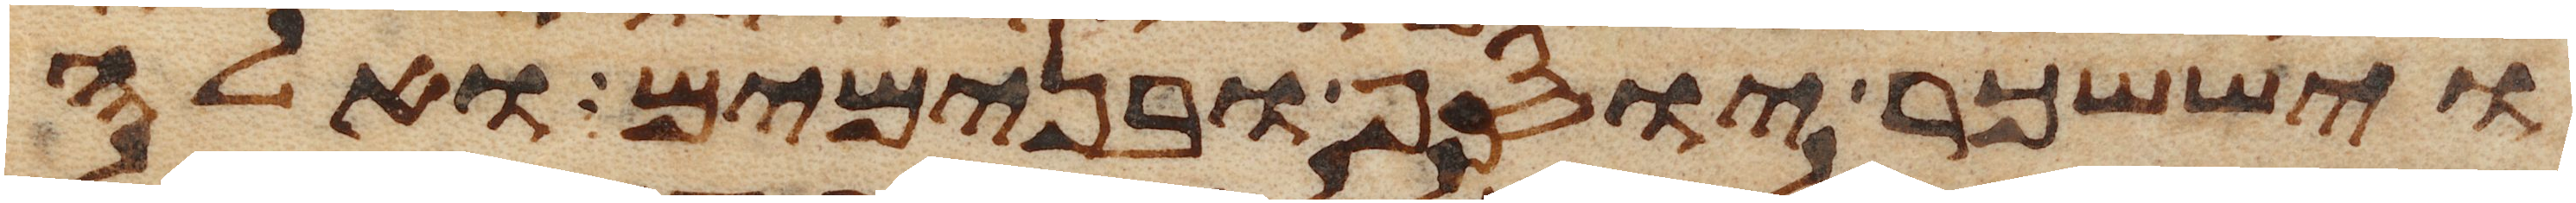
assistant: ויששכר יוסף ובנימים ואלה